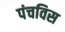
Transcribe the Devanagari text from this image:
पंचविस